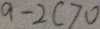
a - 2 c > 0